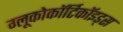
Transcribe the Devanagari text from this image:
ग्लूकोकॉर्टिकॉइड्स